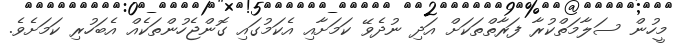
މީހުން ސަލާމަތްކުރާ ފަރާތްތަކަށް އަދި ނުދެވޭ ކަމަށާއި އެކަމުގައި ގޮންޖެހުންތަކެއް އެބަހުރި ކަމަށެވެ.